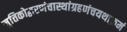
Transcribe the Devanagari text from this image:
मृत्तिकोद्धरणंचास्थांग्रहणंचयथाक्रमं